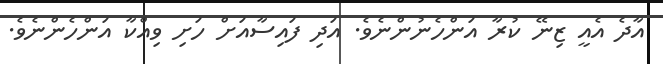
އާދެ އެއީ ޒިނޭ ކުރާ އަންހެނުންނެވެ. އަދި ފައިސާއަށް ހަށި ވިއްކާ އަންހެންނެވެ.